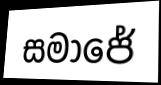
සමාජේ